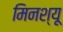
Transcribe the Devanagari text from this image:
मिनश्यू